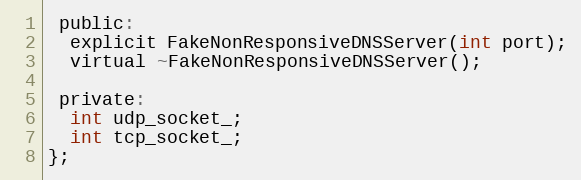
Language: C
 public:
  explicit FakeNonResponsiveDNSServer(int port);
  virtual ~FakeNonResponsiveDNSServer();

 private:
  int udp_socket_;
  int tcp_socket_;
};